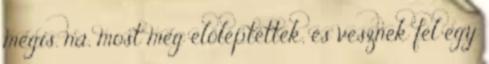
mégis. na, most meg előléptettek, és vesznek fel egy